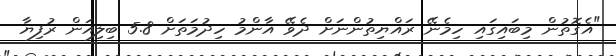
"އެގޮތުން މިބައިގައި ހިމެނޭ ރައްޔިތުންނަށް ދެވޭ އާންމު ހިދުމަތަށް 5.8 ބިލިއަން ރުފިޔާ